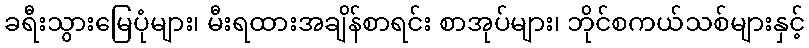
ခရီးသွားမြေပုံများ၊ မီးရထားအချိန်စာရင်း စာအုပ်များ၊ ဘိုင်စကယ်သစ်များနှင့်